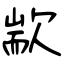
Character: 歂